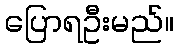
ပြောရဦးမည်။